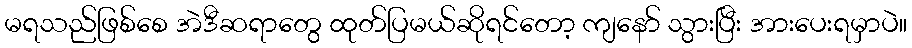
မရသည်ဖြစ်စေ အဲဒီဆရာတွေ ထုတ်ပြမယ်ဆိုရင်တော့ ကျနော် သွားပြီး အားပေးရမှာပဲ။